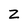
Character: Z